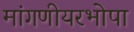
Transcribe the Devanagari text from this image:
मांगणीयरभोपा